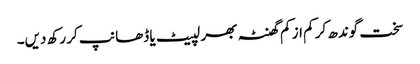
سخت گوندھ کر کم از کم گھنٹہ بھر لپیٹ یا ڈھانپ کر رکھ دیں۔